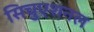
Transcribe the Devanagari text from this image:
सिचुएशनल